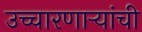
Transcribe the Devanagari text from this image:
उच्चारणाऱ्यांची